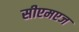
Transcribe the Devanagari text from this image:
सीएमएज